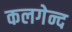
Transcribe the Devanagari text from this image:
कलगेन्द